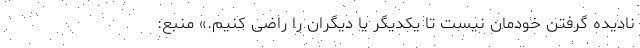
نادیده گرفتن خودمان نیست تا یکدیگر یا دیگران را راضی کنیم.» منبع: